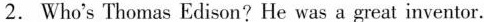
2. Who's Thomas Edison? He was a great inventor.